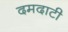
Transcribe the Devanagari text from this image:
दमदाटी